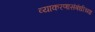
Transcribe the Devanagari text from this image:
व्याकरणासंबंधीच्या